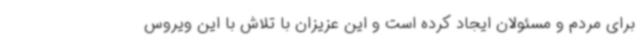
برای مردم و مسئولان ایجاد کرده است و این عزیزان با تلاش با این ویروس